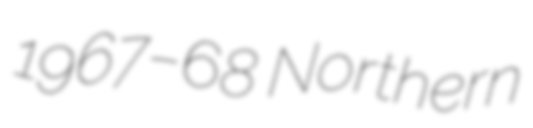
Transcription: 1967–68 Northern